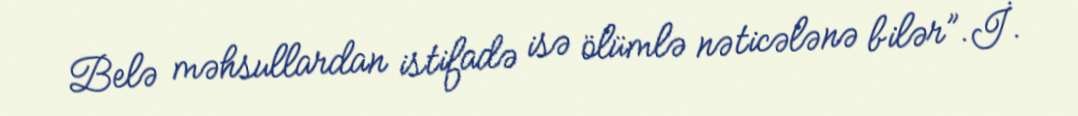
Belə məhsullardan istifadə isə ölümlə nəticələnə bilər”.İ.